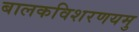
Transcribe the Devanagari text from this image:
बालकविशरणयमु